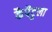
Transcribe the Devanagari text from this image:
कैपैटुला